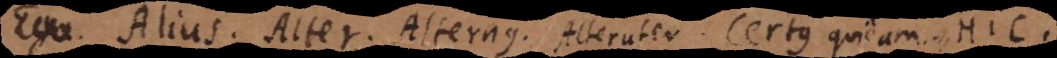
Ego. Alius. Alter. Alternus. Alteruter. Certus quidam.